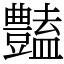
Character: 𧰟